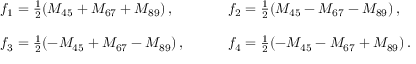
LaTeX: \begin{array} { l l } { { f _ { 1 } = \frac { 1 } { 2 } ( M _ { 4 5 } + M _ { 6 7 } + M _ { 8 9 } ) \, , ~ ~ ~ } } & { { ~ ~ ~ f _ { 2 } = \frac { 1 } { 2 } ( M _ { 4 5 } - M _ { 6 7 } - M _ { 8 9 } ) \, , } } \\ { { { } } } & { { { } } } \\ { { f _ { 3 } = \frac { 1 } { 2 } ( - M _ { 4 5 } + M _ { 6 7 } - M _ { 8 9 } ) \, , ~ ~ ~ } } & { { ~ ~ ~ f _ { 4 } = \frac { 1 } { 2 } ( - M _ { 4 5 } - M _ { 6 7 } + M _ { 8 9 } ) \, . } } \end{array}